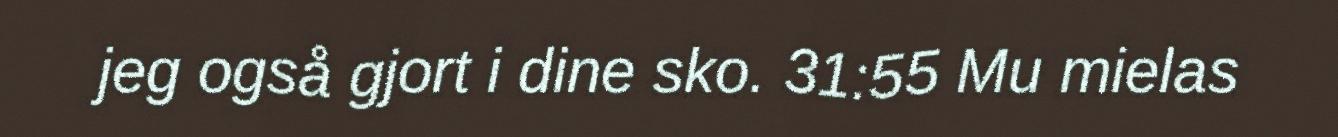
jeg også gjort i dine sko. 31:55 Mu mielas